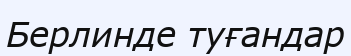
Берлинде туғандар